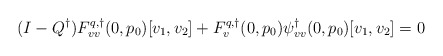
\begin{align*}(I-Q^\dagger)F^{q,\dagger}_{vv}(0,p_0)[v_1,v_2] + F^{q,\dagger}_v(0,p_0)\psi^\dagger_{vv}(0,p_0)[v_1,v_2] = 0\end{align*}